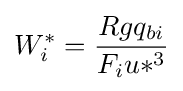
W_{i}^{*}={\frac {Rgq_{bi}}{F_{i}u*^{3}}}